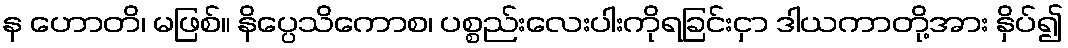
န ဟောတိ၊ မဖြစ်။ နိပ္ပေသိကောစ၊ ပစ္စည်းလေးပါးကိုရခြင်းငှာ ဒါယကာတို့အား နှိပ်၍